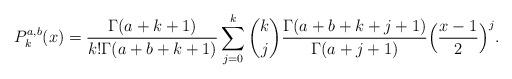
LaTeX: \begin{align*}P_k^{a,b}(x)=\frac{\Gamma(a+k+1)}{k!\Gamma(a+b+k+1)}\sum_{j=0}^k\binom{k}{j}\frac{\Gamma(a+b+k+j+1)}{\Gamma(a+j+1)}\Big(\frac{x-1}{2}\Big)^j.\end{align*}